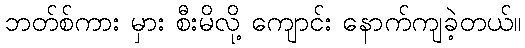
ဘတ်စ်ကား မှား စီးမိလို့ ကျောင်း နောက်ကျခဲ့တယ်။